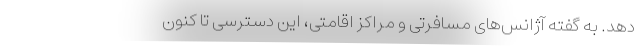
دهد. به گفته آژانس‌های مسافرتی و مراکز اقامتی، این دسترسی تا کنون